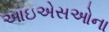
આઇએસઓના